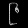
Digit: ၉